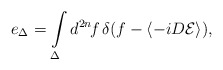
\begin{align*}e_\Delta=\int\limits_\Delta d^{2n}\!f\,\delta(f-\langle -iD{\cal E}\rangle),\end{align*}